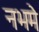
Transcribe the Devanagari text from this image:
नभमे